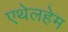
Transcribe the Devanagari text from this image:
एथेलहेम